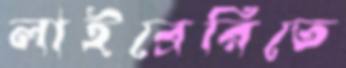
লাইব্রেরিতে